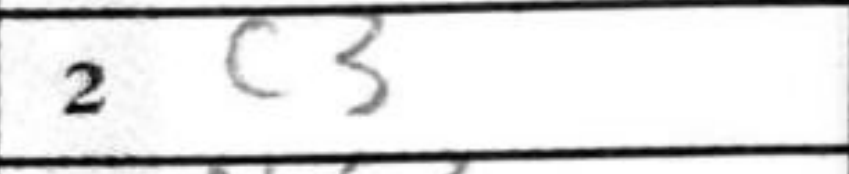
Transcription: c3